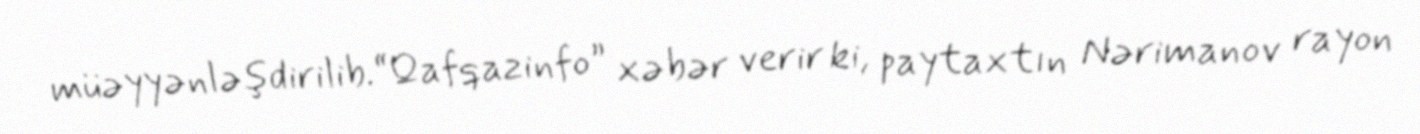
müəyyənləşdirilib.“Qafqazinfo” xəbər verir ki, paytaxtın Nərimanov rayon